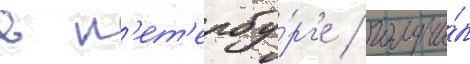
в п'ет'ербу́рг'е / получи́л